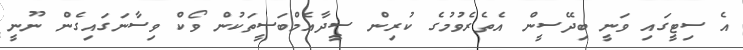
އެ ސިޓީގައި ވަނީ ބިދޭސީން އެތެރެވުމުގެ ކުރިން ސީދާއެމްބަސީތަކުން ވޯކް ވިސާނަގައިގެން ނޫނީ